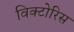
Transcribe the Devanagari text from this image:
विक्टोरिस